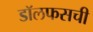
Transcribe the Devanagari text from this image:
डॉलफसची